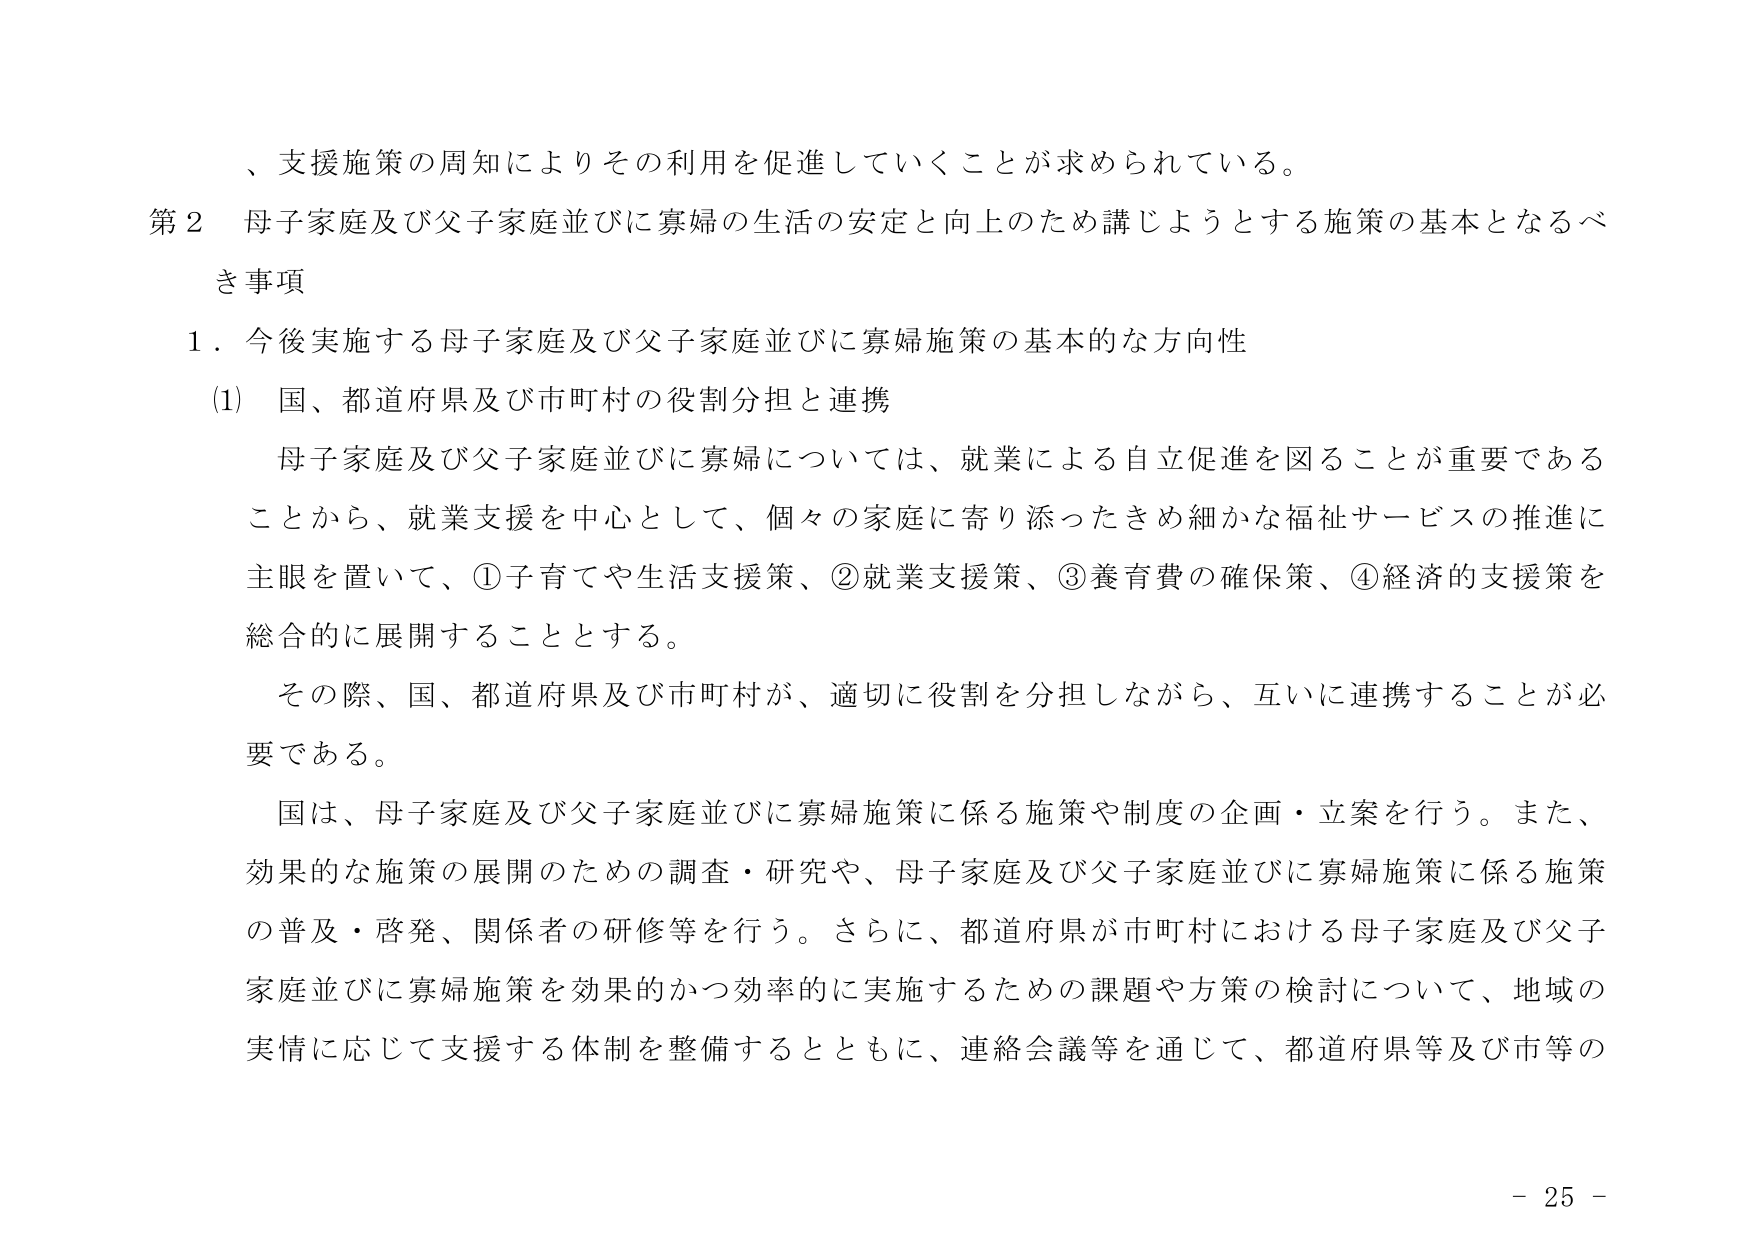
、支援施策の周知によりその利用を促進していくことが求められている。

第２ 母子家庭及び父子家庭並びに寡婦の生活の安定と向上のため講じようとする施策の基本となるべき事項

１．今後実施する母子家庭及び父子家庭並びに寡婦施策の基本的な方向性

(1) 国、都道府県及び市町村の役割分担と連携

母子家庭及び父子家庭並びに寡婦については、就業による自立促進を図ることが重要であることから、就業支援を中心として、個々の家庭に寄り添ったきめ細かな福祉サービスの推進に主眼を置いて、①子育てや生活支援策、②就業支援策、③養育費の確保策、④経済的支援策を総合的に展開することとする。

その際、国、都道府県及び市町村が、適切に役割を分担しながら、互いに連携することが必要である。

国は、母子家庭及び父子家庭並びに寡婦施策に係る施策や制度の企画・立案を行う。また、効果的な施策の展開のための調査・研究や、母子家庭及び父子家庭並びに寡婦施策に係る施策の普及・啓発、関係者の研修等を行う。さらに、都道府県が市町村における母子家庭及び父子家庭並びに寡婦施策を効果的かつ効率的に実施するための課題や方策の検討について、地域の実情に応じて支援する体制を整備するとともに、連絡会議等を通じて、都道府県等及び市等の

- 25 -